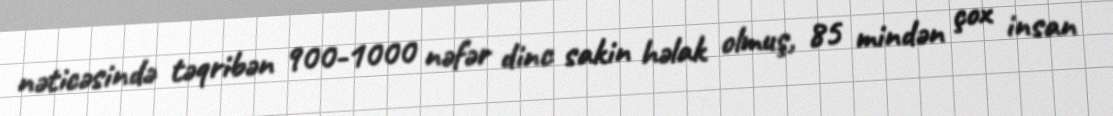
nəticəsində təqribən 900-1000 nəfər dinc sakin həlak olmuş, 85 mindən çox insan